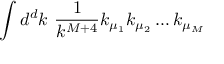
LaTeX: \int d ^ { d } k \ \frac { 1 } { k ^ { M + 4 } } k _ { \mu _ { 1 } } k _ { \mu _ { 2 } } \ldots k _ { \mu _ { M } }